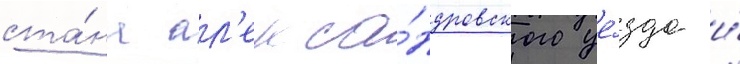
ста́на ал'екса́ндровского уе́зда и́